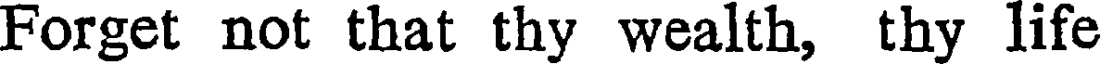
Forget not that thy wealth, thy life